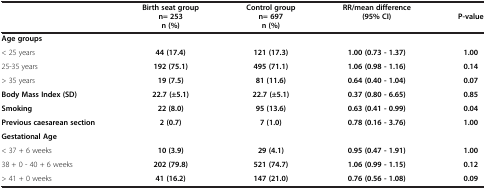
|  | Birth seat group | Control group | RR/mean difference |  |
 |  | n= 253 | n= 697 | (95% CI) | P-value |
 |  | n (%) | n (%) |  |  |
 | --- | --- | --- | --- | --- |
 | Age groups |  |  |  |  |
 | < 25 years | 44 (17.4) | 121 (17.3) | 1.00 (0.73 - 1.37) | 1.00 |
 | 25-35 years | 192 (75.1) | 495 (71.1) | 1.06 (0.98 - 1.16) | 0.14 |
 | > 35 years | 19 (7.5) | 81 (11.6) | 0.64 (0.40 - 1.04) | 0.07 |
 | Body Mass Index (SD) | 22.7 (±5.1) | 22.7 (±5.1) | 0.37 (0.80 - 6.65) | 0.85 |
 | Smoking | 22 (8.0) | 95 (13.6) | 0.63 (0.41 - 0.99) | 0.04 |
 | Previous caesarean section | 2 (0.7) | 7 (1.0) | 0.78 (0.16 - 3.76) | 1.00 |
 | Gestational Age |  |  |  |  |
 | < 37 + 6 weeks | 10 (3.9) | 29 (4.1) | 0.95 (0.47 - 1.91) | 1.00 |
 | 38 + 0 - 40 + 6 weeks | 202 (79.8) | 521 (74.7) | 1.06 (0.99 - 1.15) | 0.12 |
 | > 41 + 0 weeks | 41 (16.2) | 147 (21.0) | 0.76 (0.56 - 1.08) | 0.09 |